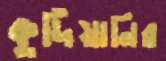
কুর্দিয়ানির